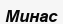
Минас